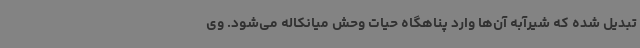
تبدیل شده که شیرآبه آن‌ها وارد پناهگاه حیات وحش میانکاله می‌شود. وی